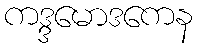
ကဒ္ဒမောဒကေန